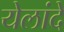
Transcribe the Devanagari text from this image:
येलांदे